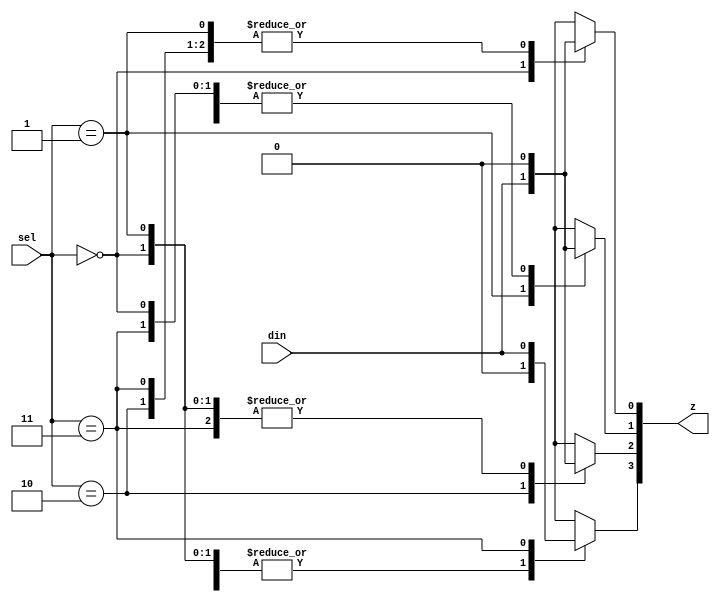
//////////////////////////////////////////////////////////////////////
// DOC: https://github.com/24x7fpga/iVerilog/blob/master/doc/demux.org 
//////////////////////////////////////////////////////////////////////

`timescale 1ns/1ns

module demux1_to_4(/*AUTOARG*/
   // Outputs
   z,
   // Inputs
   din, sel
   );
   input din;
   input [1:0] sel;
   output reg [3:0] z;
   
/*AUTOREG*/ 
/*AUTOWIRE*/

   always@(*)
     begin
	z = 4'h0;
	case(sel)
	  2'h0 : z[0] = din;
	  2'h1 : z[1] = din;
	  2'h2 : z[2] = din;
	  2'h3 : z[3] = din;
	endcase // case (sel)
     end
 
endmodule 
// Local Variables: 
// verilog-library-directories:("~/Projects/fpgaProjects/iVerilog/design/*") 
// End: